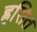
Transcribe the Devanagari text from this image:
ह्रसित